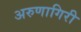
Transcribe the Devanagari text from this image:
अरुणागिरी